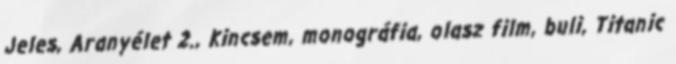
Jeles, Aranyélet 2., Kincsem, monográfia, olasz film, buli, Titanic